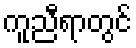
ကူညီရာတွင်